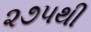
૨૭૫થી